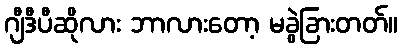
ဂျီဒီပီဆိုလား ဘာလားတော့ မခွဲခြားတတ်။